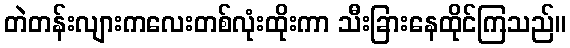
တဲတန်းလျားကလေးတစ်လုံးထိုးကာ သီးခြားနေထိုင်ကြသည်။